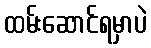
ထမ်းဆောင်ရမှာပဲ